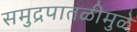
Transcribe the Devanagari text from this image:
समुद्रपातळीमुळे